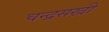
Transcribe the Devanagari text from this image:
चन्द्रसखी